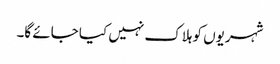
شہریوں کو ہلاک نہیں کیا جائے گا۔